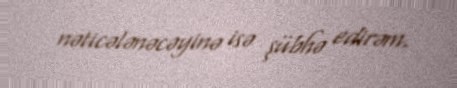
nəticələnəcəyinə isə şübhə edirəm.